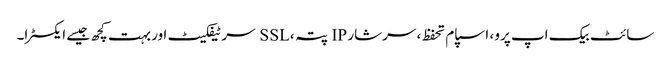
سائٹ بیک اپ پرو ، اسپام تحفظ ، سرشار IP پتہ ، SSL سرٹیفکیٹ اور بہت کچھ جیسے ایکسٹرا۔